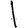
Digit: 1